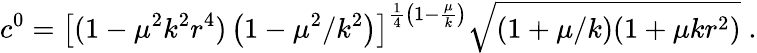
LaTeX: c^{0}=\left[(1-\mu^{2}k^{2}r^{4})\left(1-\mu^{2}/k^{2}\right)\right]^{\frac{1}{4}\left(1-\frac{\mu}{k}\right)}\sqrt{\left(1+\mu/k\right)(1+\mu kr^{2})}\; .